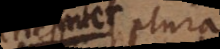
Si plura